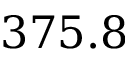
3 7 5 . 8